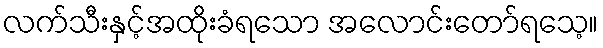
လက်သီးနှင့်အထိုးခံရသော အလောင်းတော်ရသေ့။